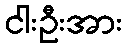
ငါးဦးအား